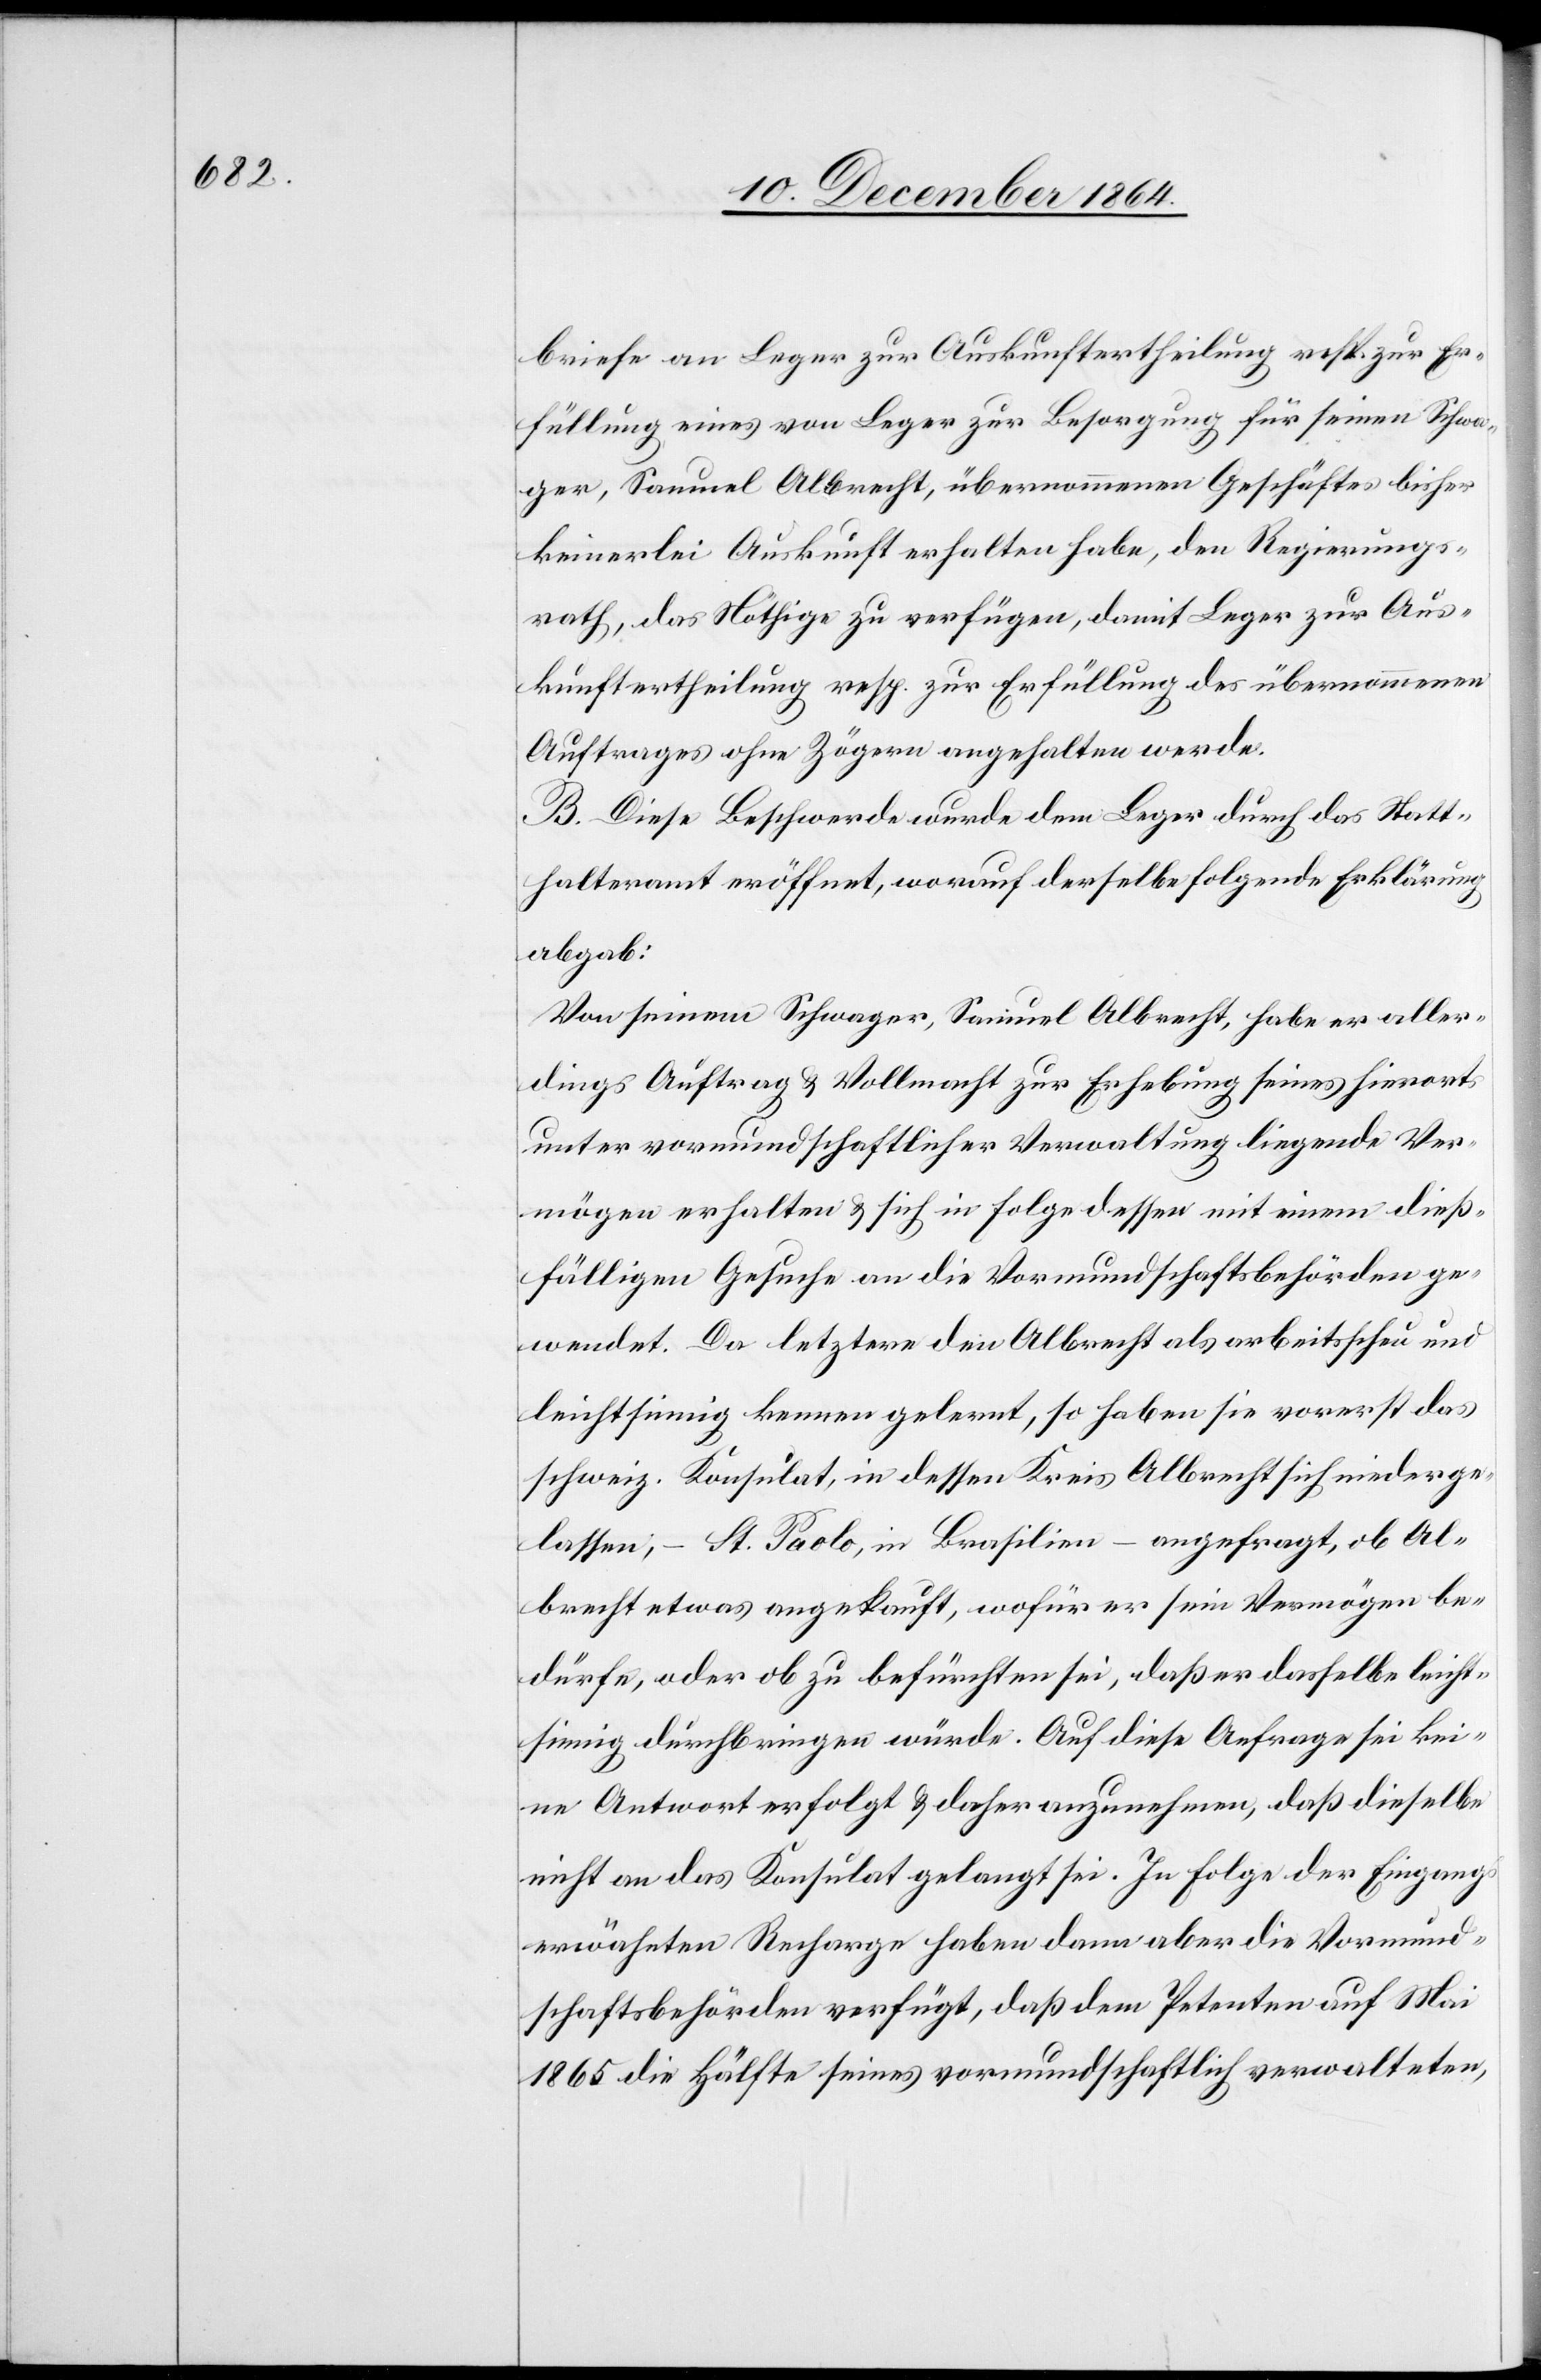
Schwa¬

ger, Samuel Albrecht, übernommenen Geschäftes bisher
keinerlei Auskunft erhalten habe, den Regierungs¬
rath, das Nöthige zu verfügen, damit Leger zur Aus¬
kunftertheilung resp. zur Erfüllung des übernommenen
Auftrages ohne Zögern angehalten werde.
B. Diese Beschwerde wurde dem Leger durch das Statt¬
halteramt eröffnet, worauf derselbe folgende Erklärung
abgab:
Von seinem Schwager, Samuel Albrecht, habe er aller¬
dings Auftrag & Vollmacht zur Erhebung seines hierorts
unter vormundschaftlicher Verwaltung liegende[n] Ver¬
mögen[s] erhalten & sich in Folge dessen mit einem dieß¬
fälligen Gesuche an die Vormundschaftsbehörden ge¬
wendet. Da letztere den Albrecht als arbeitsscheu und
leichtsinnig kennen gelernt, so haben sie vorerst das
schweiz. Konsulat, in dessen Kreis Albrecht sich niederge¬
lassen, – St. Paolo, in Brasilien – angefragt, ob Al¬
brecht etwas angekauft, wofür er sein Vermögen be¬
dürfe, oder ob zu befürchten sei, daß er dasselbe leicht¬
sinnig durchbringen würde. Auf diese Anfrage sei kei¬
ne Antwort erfolgt & daher anzunehmen, daß dieselbe
nicht an das Konsulat gelangt sei. In Folge der Eingangs
erwähnten Recharche haben dann aber die Vormund¬
schaftsbehörden verfügt, daß dem Petenten auf Mai
1865 die Hälfte seines vormundschaftliche verwalteten,